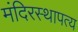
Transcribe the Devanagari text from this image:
मंदिरस्थापत्य